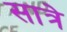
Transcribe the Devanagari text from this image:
सात्रे